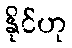
နိုင်ဟု